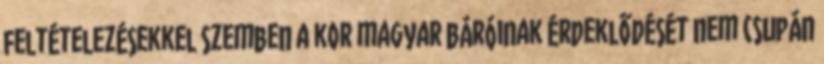
feltételezésekkel szemben a kor magyar báróinak érdeklődését nem csupán